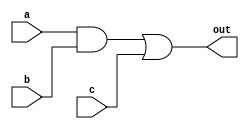
module module_d(out, a, b, c);
	output out;
	input a, b, c;
	wire e;
	
	and #(5) a1(e, a, b);
	or #(4) o1(out, e, c);
endmodule